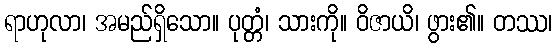
ရာဟုလာ၊ အမည်ရှိသော။ ပုတ္တံ၊ သားကို။ ဝိဇာယိ၊ ဖွား၏။ တဿ၊